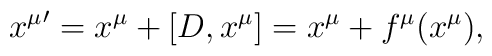
{x^\mu}'=x^\mu+[D,x^\mu]=x^\mu+f^\mu(x^\mu),